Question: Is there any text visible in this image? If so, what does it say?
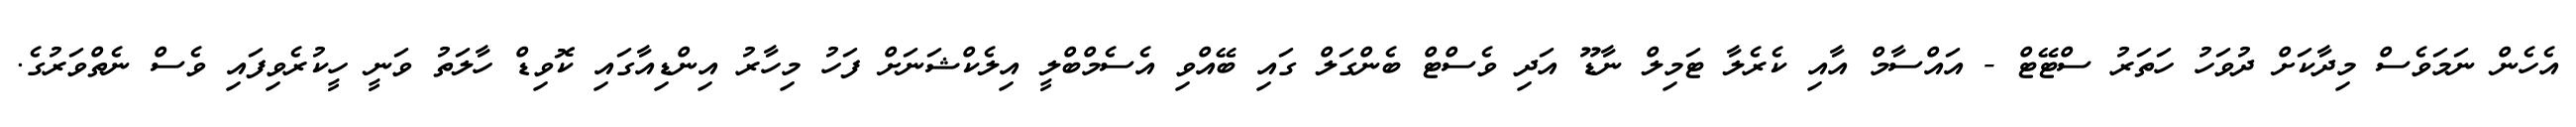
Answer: އެހެން ނަމަވެސް މިދާކަށް ދުވަހު ހަތަރު ސްޓޭޓް - އައްސާމް އާއި ކެރެލާ ޓަމިލް ނާޑޫ އަދި ވެސްޓް ބެންގަލް ގައި ބޭއްވި އެސެމްބްލީ އިލެކްޝަނަށް ފަހު މިހާރު އިންޑިއާގައި ކޮވިޑް ހާލަތު ވަނީ ހީކުރެވިފައި ވެސް ނެތްވަރުގެ.